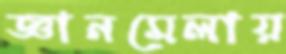
জ্ঞানমেলায়